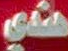
هناي